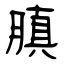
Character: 䐜